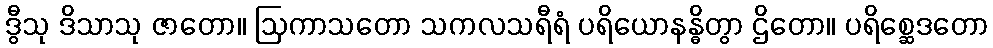
ဒွီသု ဒိသာသု ဇာတော။ ဩကာသတော သကလသရီရံ ပရိယောနန္ဓိတွာ ဌိတော။ ပရိစ္ဆေဒတော